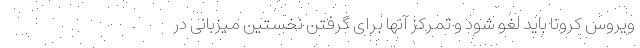
ویروس کرونا باید لغو شود و تمرکز آنها برای گرفتن نخستین میزبانی در